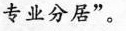
专业分居”。